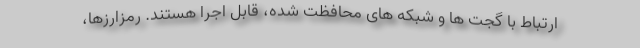
ارتباط با گجت ها و شبکه های محافظت شده، قابل اجرا هستند. رمزارزها،